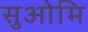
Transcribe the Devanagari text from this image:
सुओमि